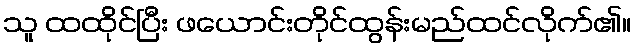
သူ ထထိုင်ပြီး ဖယောင်းတိုင်ထွန်းမည်ထင်လိုက်၏။